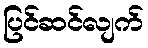
ပြင်ဆင်လျက်